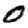
Digit: 0